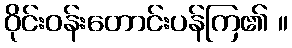
ဝိုင်းဝန်းတောင်းပန်ကြ၏ ။